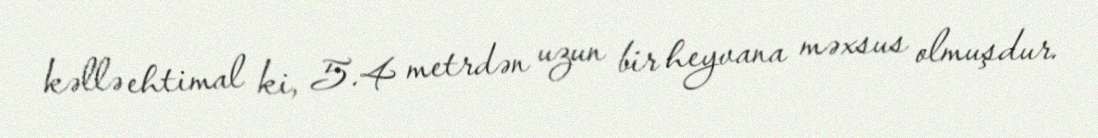
kəllə ehtimal ki, 5.4 metrdən uzun bir heyvana məxsus olmuşdur.